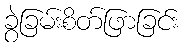
ခွဲခြမ်းစိတ်ဖြာခြင်း